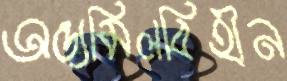
অন্ত্যমিলবিহীন